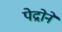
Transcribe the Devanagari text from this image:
पेद्रोने